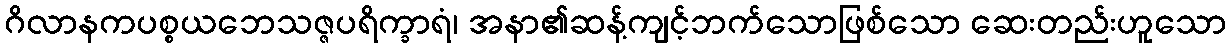
ဂိလာနကပစ္စယဘေသဇ္ဇပရိက္ခာရံ၊ အနာ၏ဆန့်ကျင့်ဘက်သောဖြစ်သော ဆေးတည်းဟူသော